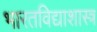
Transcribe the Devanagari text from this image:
भारतविद्याशास्त्र